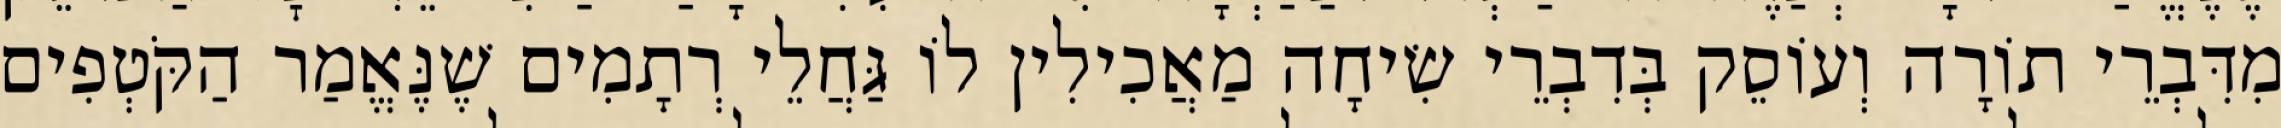
מִדִּבְרֵי תוֹרָה וְעוֹסֵק בְּדִבְרֵי שִׂיחָה מַאֲכִילִין לוֹ גַּחֲלֵי רְתָמִים שֶׁנֶּאֱמַר הַקֹּטְפִים